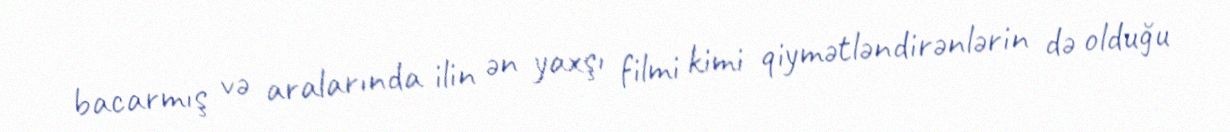
bacarmış və aralarında ilin ən yaxşı filmi kimi qiymətləndirənlərin də olduğu